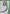
Text: 9